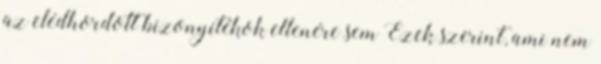
az elédhordott bizonyítékok ellenére sem Ezek szerint, ami nem